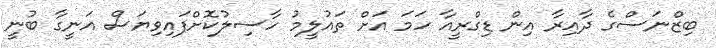
ބިޒްނަސްގެ ދާއިރާ އިން ޑިގްރީއާ ހަމަ އަށް ތައުލީމު ހާސިލުކޮށްފައިވިޔަސް އަނީގާ ބުނީ